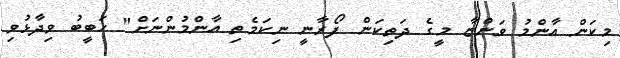
މިކަން އާންމު ވަންޏާ މީގެ ދަތިކަން ފޯރާނީ ނިކަމެތި އާންމުންނަށް" ހަބީބު ވިދާޅުވި